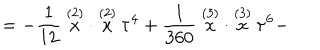
LaTeX: = - \frac 1 { 1 2 } \stackrel { ( 2 ) } { x } \cdot \stackrel { ( 2 ) } { x } \tau ^ { 4 } + \frac 1 { 3 6 0 } \stackrel { ( 3 ) } { x } \cdot \stackrel { ( 3 ) } { x } \tau ^ { 6 } -